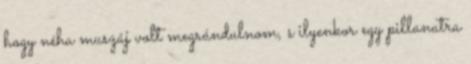
hogy néha muszáj volt megrándulnom, s ilyenkor egy pillanatra